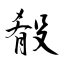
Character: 殽